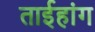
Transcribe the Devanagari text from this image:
ताईहांग